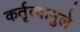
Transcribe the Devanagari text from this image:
कर्तृत्वामुले